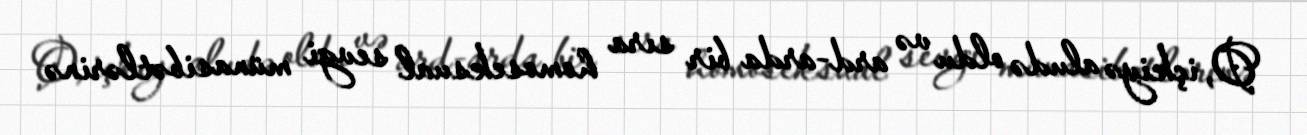
O, içkiyə aludə oldu və ard-arda bir sıra homoseksual sevgi münasibətlərinə